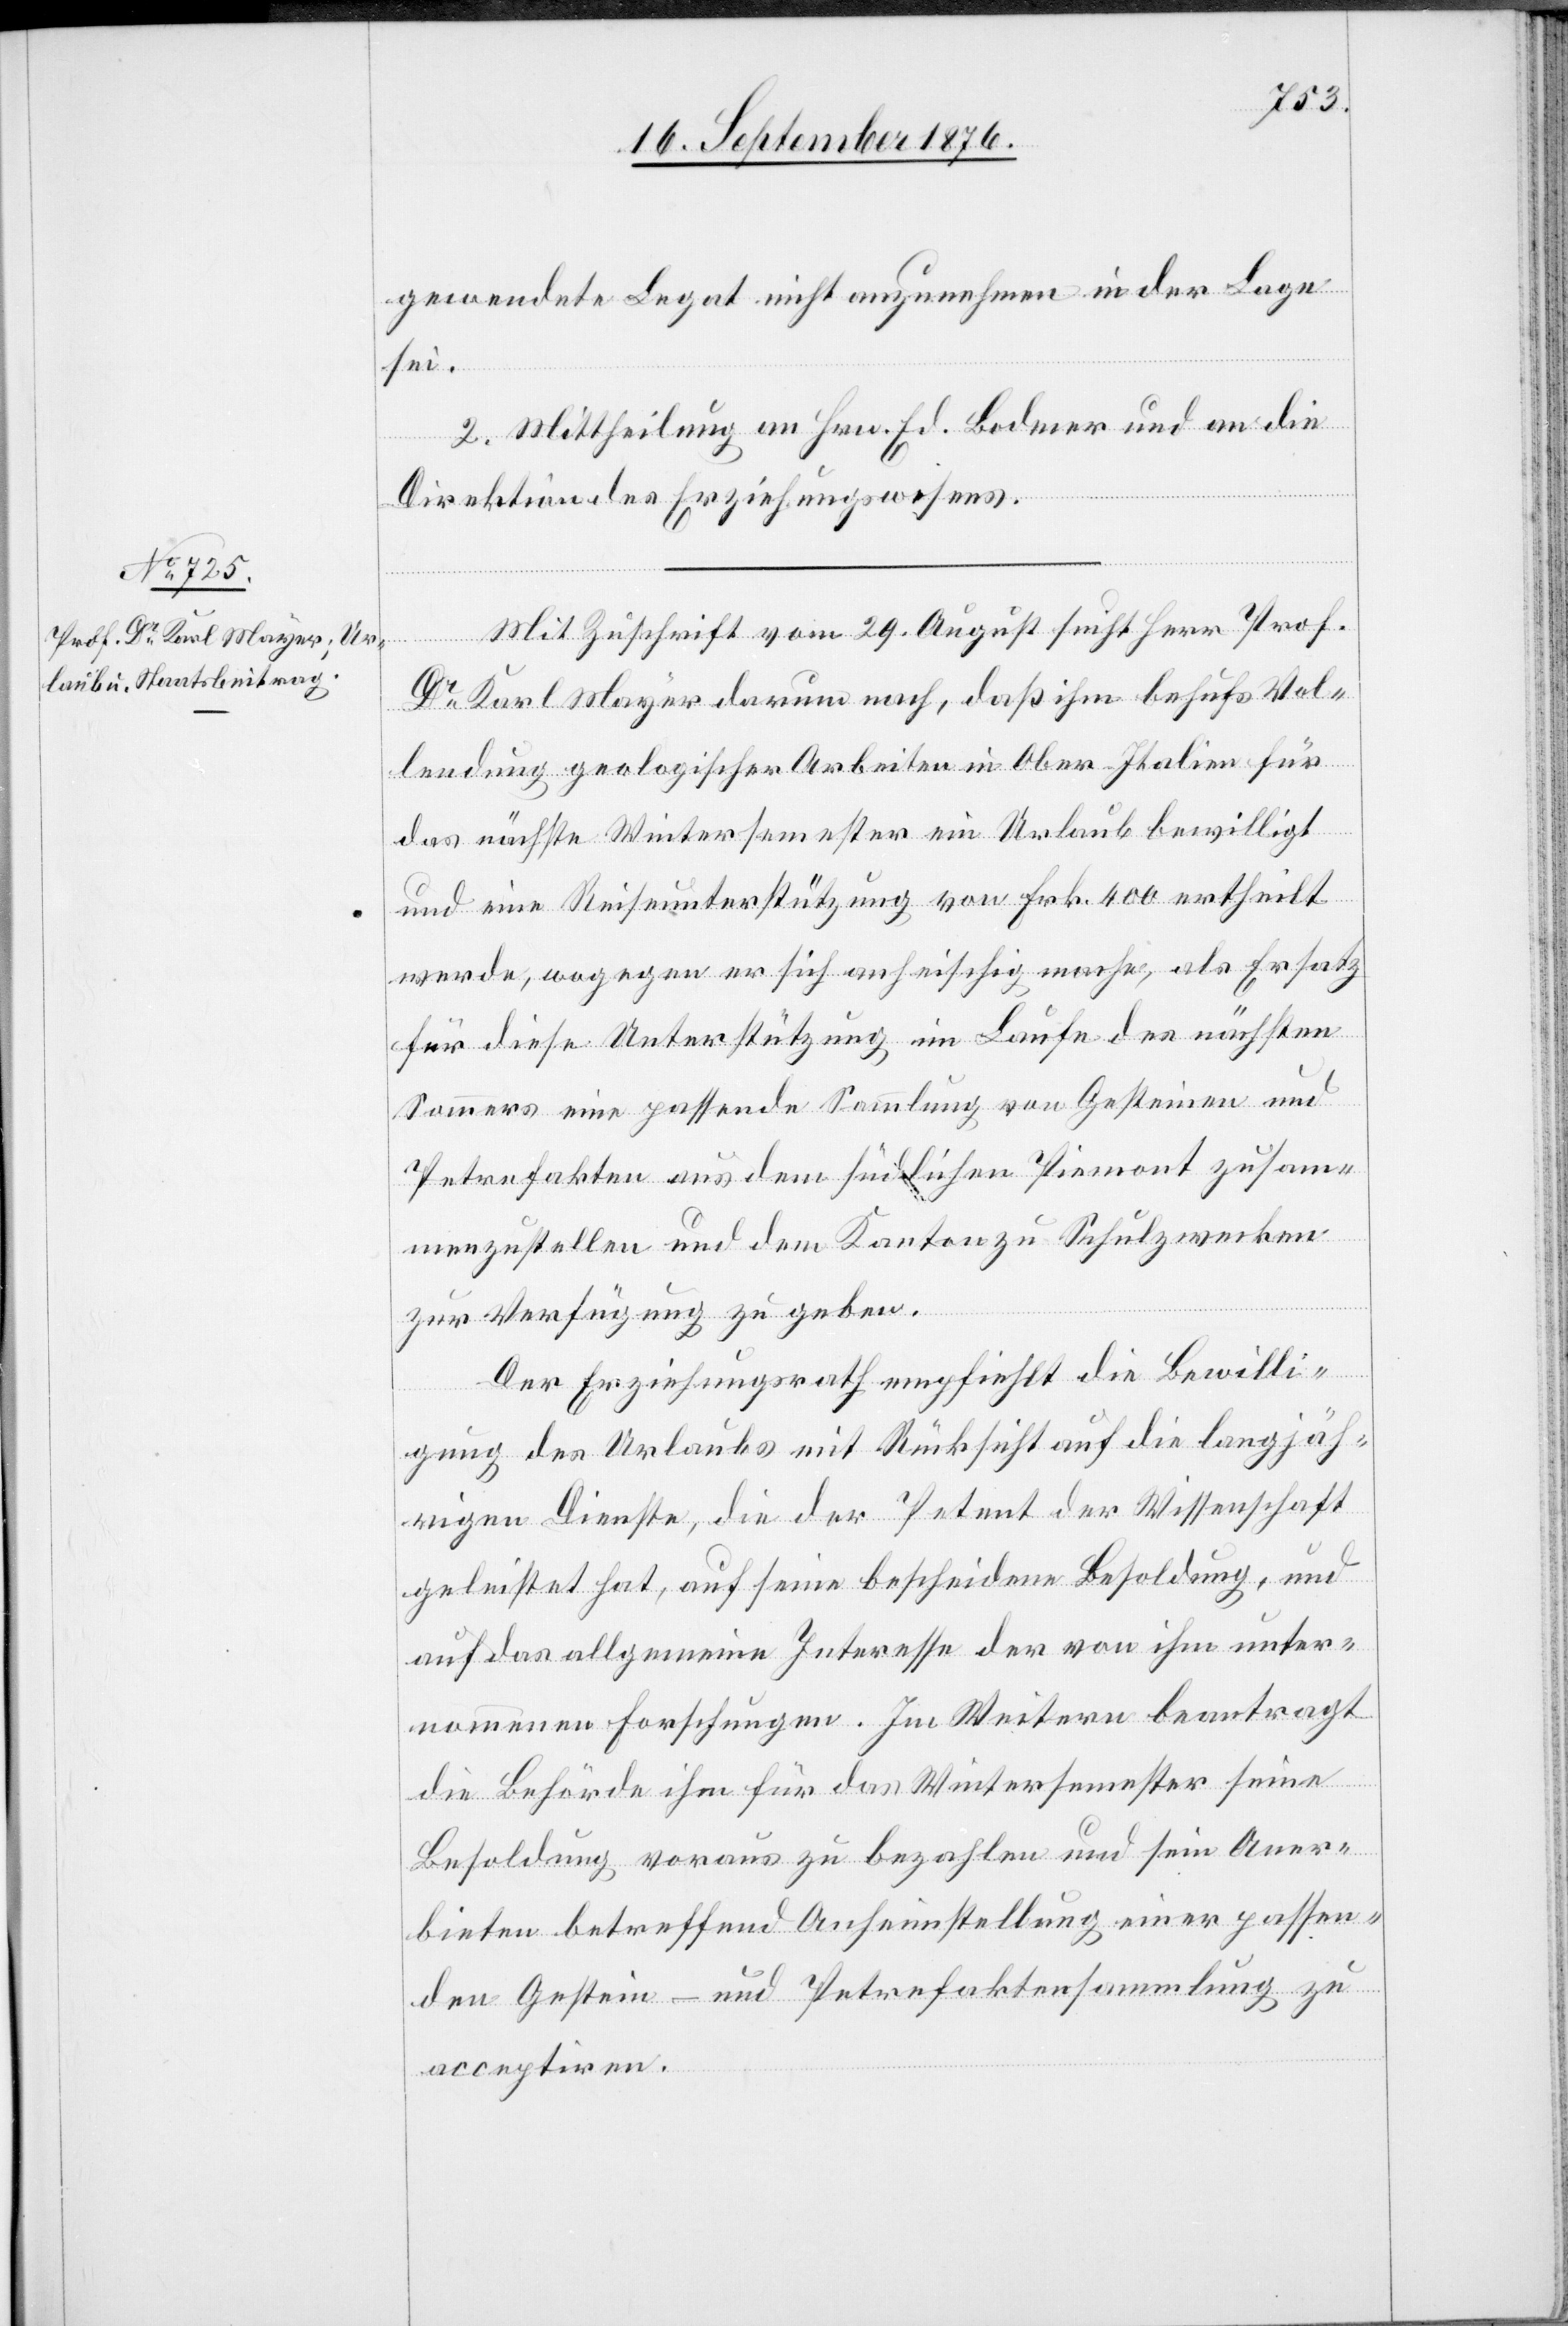
gewendete Legat nicht anzunehmen in der Lage
sei.
2. Mittheilung an Hrn. Ed. Bodmer und an die
Direktion des Erziehungswesens.
Mit Zuschrift vom 29. August sucht Herr Prof.
Dr Karl Mayer darum nach, daß ihm behufs Vol¬
lendung geologischer Arbeiten in Ober-Italien für
das nächste Wintersemester ein Urlaub bewilligt
und eine Reiseunterstützung von Frk. 400 ertheilt
werde, wogegen er sich anheischig mache, als Ersatz
für diese Unterstützung im Laufe des nächsten
Sommers eine passende Sammlung von Gesteinen und
Petrefakten aus dem südlichen Piemont zusam¬
menzustellen und dem Kanton zu Schulzwecken
zur Verfügung zu geben.
Der Erziehungsrath empfiehlt die Bewilli¬
gung des Urlaubs mit Rücksicht auf die langjäh¬
rigen Dienste, die der Petent der Wissenschaft
geleistet hat, auf seine bescheidene Besoldung, und
auf das allgemeine Interesse der von ihm unter¬
nommenen Forschungen. Im Weitern beantragt
die Behörde ihm für das Wintersemester seine
Besoldung voraus zu bezahlen und sein Aner¬
bieten betreffend Anheimstellung einer passen¬
den Gestein- und Petrefaktensammlung zu
acceptiren.